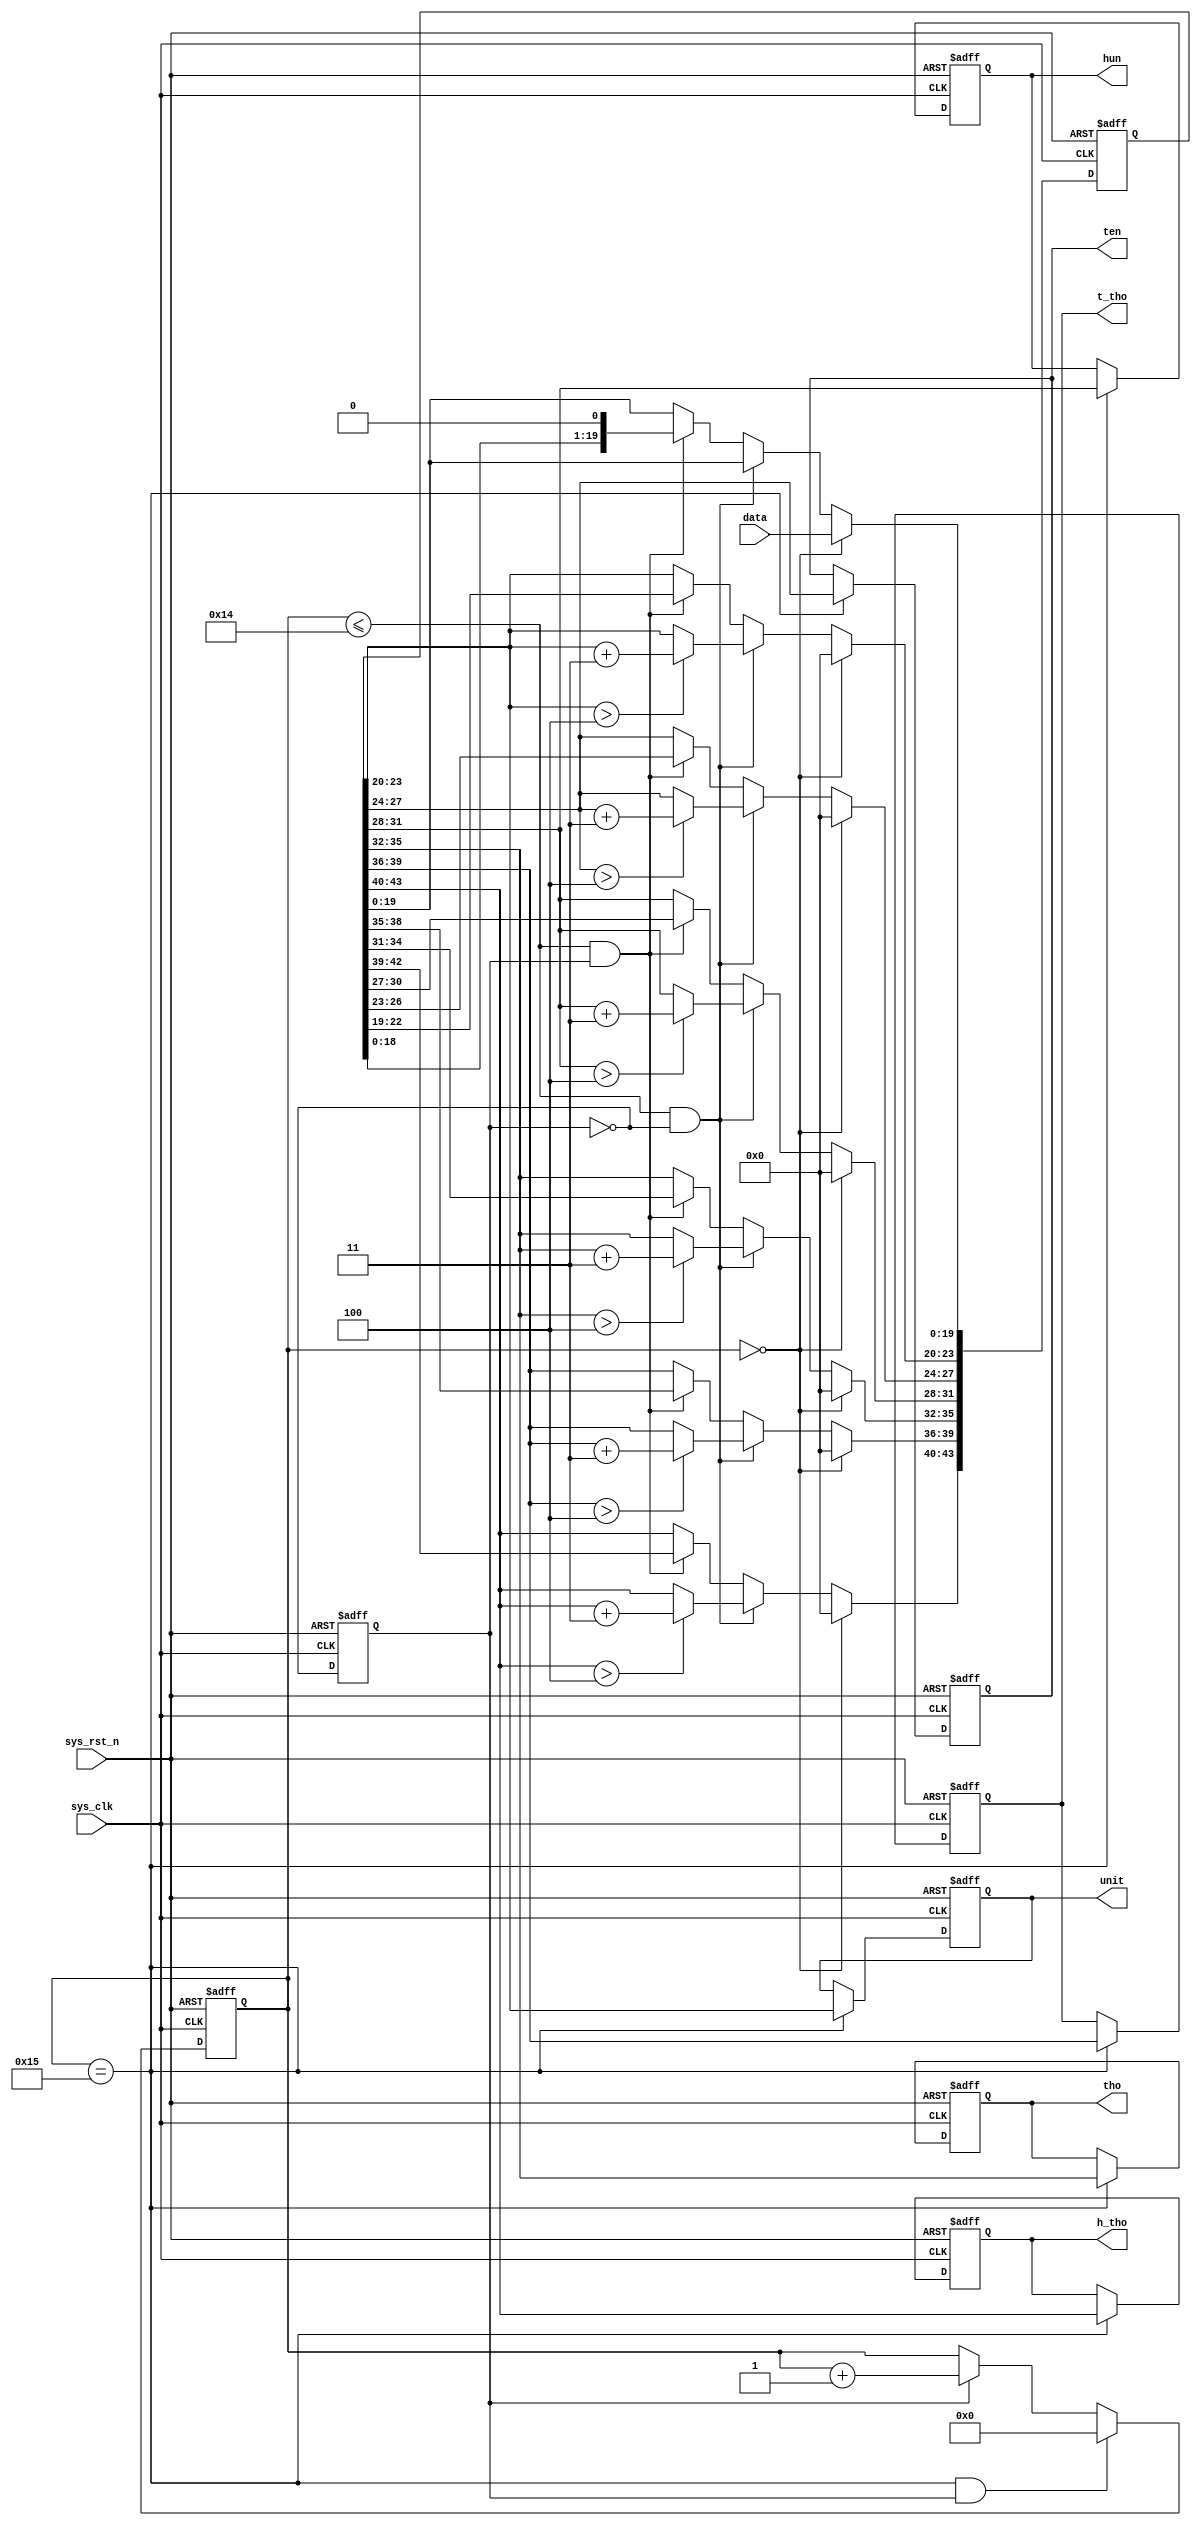
module  bcd_8421
(
    input   wire            sys_clk     ,
    input   wire            sys_rst_n   ,
    input   wire    [19:0]  data        ,
    
    output  reg     [3:0]   unit        ,
    output  reg     [3:0]   ten         ,
    output  reg     [3:0]   hun         ,
    output  reg     [3:0]   tho         ,
    output  reg     [3:0]   t_tho       ,
    output  reg     [3:0]   h_tho       
    
);

reg     [4:0]   cnt_shift;
reg             shift_flag;
reg     [43:0]  data_shift;

always@(posedge sys_clk or negedge sys_rst_n)
    if(sys_rst_n == 1'b0)
        shift_flag <= 1'b0;
    else
        shift_flag <= ~shift_flag;

always@(posedge sys_clk or negedge sys_rst_n)
    if(sys_rst_n == 1'b0)
        cnt_shift <= 5'd0;
    else if(cnt_shift == 5'd21 && shift_flag == 1'b1)
        cnt_shift <= 5'd0;
    else if(shift_flag == 1'b1)
        cnt_shift <= cnt_shift + 1'b1;
    else
        cnt_shift <= cnt_shift;
        
always@(posedge sys_clk or negedge sys_rst_n)
    if(sys_rst_n == 1'b0)
        data_shift <= 44'd0;
    else if(cnt_shift == 1'b0)
        data_shift <= {24'd0, data};
    else if(cnt_shift <= 5'd20 && shift_flag == 1'b0)
            begin
            
                data_shift[23:20] <= (data_shift[23:20] > 4)? (data_shift[23:20] + 2'd3) : data_shift[23:20];
                data_shift[27:24] <= (data_shift[27:24] > 4)? (data_shift[27:24] + 2'd3) : data_shift[27:24];
                data_shift[31:28] <= (data_shift[31:28] > 4)? (data_shift[31:28] + 2'd3) : data_shift[31:28];
                data_shift[35:32] <= (data_shift[35:32] > 4)? (data_shift[35:32] + 2'd3) : data_shift[35:32];
                data_shift[39:36] <= (data_shift[39:36] > 4)? (data_shift[39:36] + 2'd3) : data_shift[39:36];
                data_shift[43:40] <= (data_shift[43:40] > 4)? (data_shift[43:40] + 2'd3) : data_shift[43:40]; 
                
            end
    else if(cnt_shift <= 5'd20 && shift_flag == 1'b1)
        data_shift <= data_shift << 1;
    else    
        data_shift <= data_shift;

always@(posedge sys_clk or negedge sys_rst_n)
    if(sys_rst_n == 1'b0)    
        begin
            unit  <= 4'd0;
            ten   <= 4'd0;
            hun   <= 4'd0;
            tho   <= 4'd0;
            t_tho <= 4'd0;
            h_tho <= 4'd0;
        
        end
    else if(cnt_shift == 5'd21)
        begin
            unit  <= data_shift[23:20];
            ten   <= data_shift[27:24];
            hun   <= data_shift[31:28];
            tho   <= data_shift[35:32];
            t_tho <= data_shift[39:36];
            h_tho <= data_shift[43:40];
            
        end
    else
        begin
            unit  <=    unit ;
            ten   <=    ten  ;
            hun   <=    hun  ;
            tho   <=    tho  ;
            t_tho <=    t_tho;
            h_tho <=    h_tho;
            
        end
    
    
endmodule